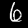
Digit: 6